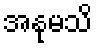
အနုမသိ